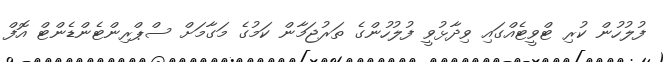
ފުލުހުން ކުރި ޓްވީޓެއްގައި ވިދާޅުވީ ފުލުހުންގެ ތަރުޖަމާން ކަމުގެ މަގާމަށް ސްޕްރިންޓެންޑެންޓް އޮފް